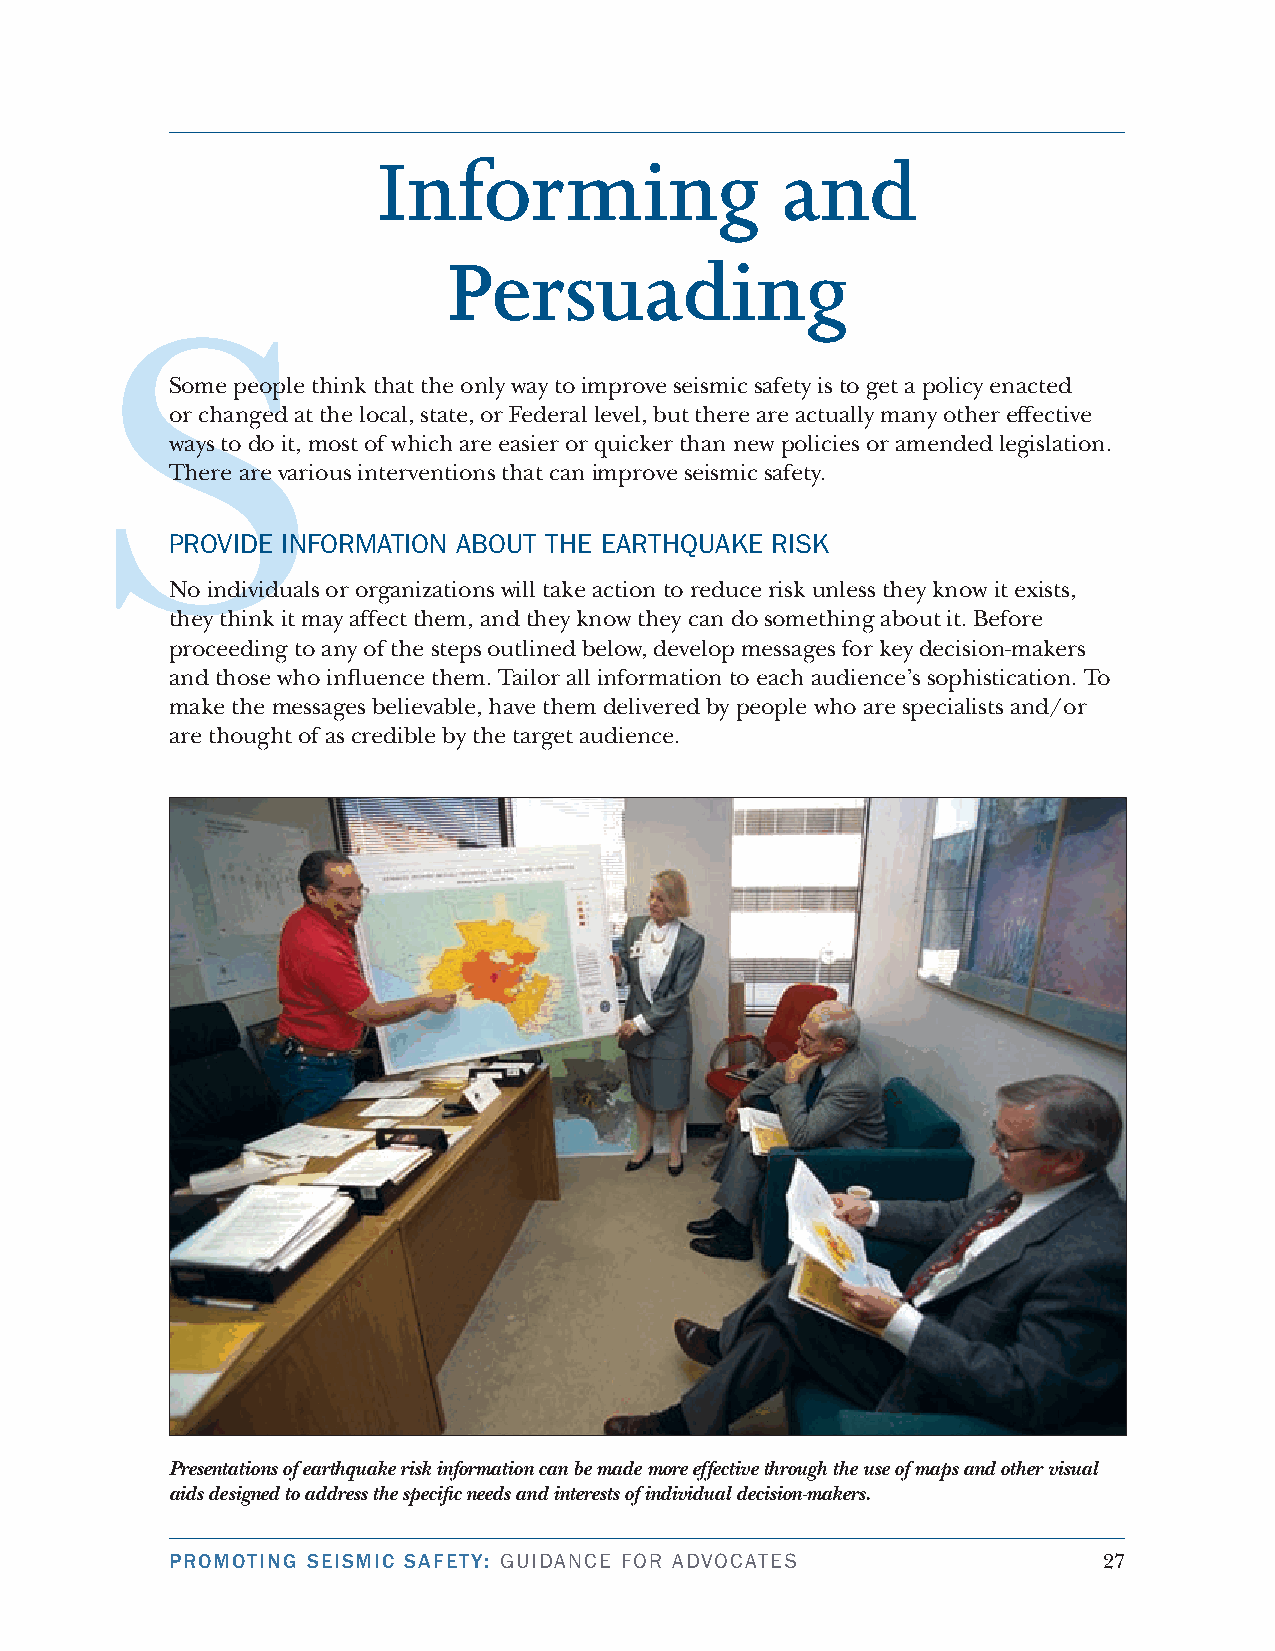
Informing                  and
 Persuading
 S
 Some people think that the only way to improve seismic safety is to get a policy enacted
 or changed at the local, state, or Federal level, but there are actually many other effective
 ways to do it, most of which are easier or quicker than new policies or amended legislation.
 There are various interventions that can improve seismic safety.
 Provide inforMAtion About tHe eArtHquAKe risK
 No individuals or organizations will take action to reduce risk unless they know it exists,
 they think it may affect them, and they know they can do something about it. Before
 proceeding to any of the steps outlined below, develop messages for key decision-makers
 and those who influence them. Tailor all information to each audience’s sophistication. To
 make the messages believable, have them delivered by people who are specialists and/or
 are thought of as credible by the target audience.
 Presentations of earthquake risk information can be made more effective through the use of maps and other visual
 aids designed to address the specific needs and interests of individual decision-makers.
 PROMOTING SEISMIC SAFETY: GuidAnce for AdvocAtes              2